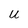
Character: U